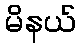
မိနယ်